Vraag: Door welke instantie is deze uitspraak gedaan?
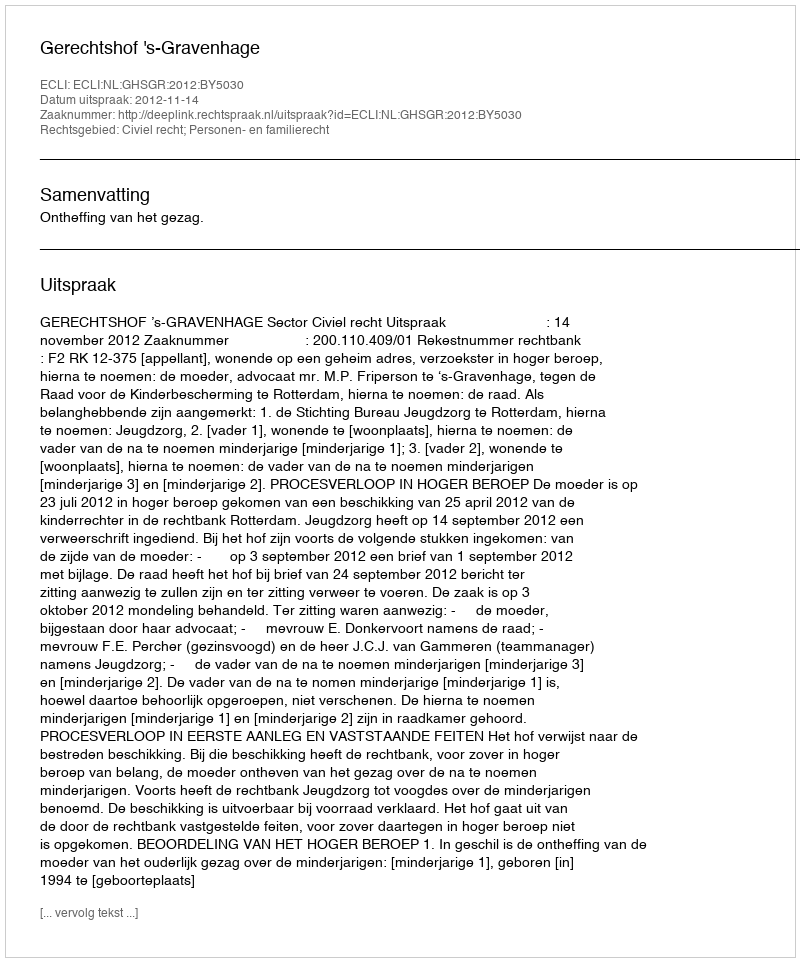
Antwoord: Gerechtshof 's-Gravenhage